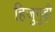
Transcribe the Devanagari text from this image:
हिजुगुड़ी